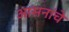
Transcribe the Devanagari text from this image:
आसनांचे